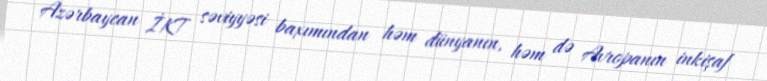
Azərbaycan İKT səviyyəsi baxımından həm dünyanın, həm də Avropanın inkişaf